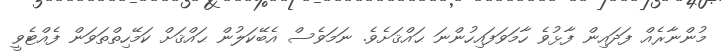
މުންނާރެއް ފަދައިން ފާޅުވެ ހާމަވަފައިހުންނަ ޙައްޤަށެވެ. ނަމަވެސް އެބޭކަލުން ޙައްޤަށް ކަމޭހިތްތަވަން ފެއްޓެވީ